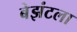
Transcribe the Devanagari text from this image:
बेझंटला